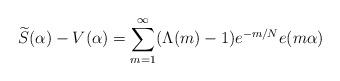
LaTeX: \begin{align*} \widetilde{S}(\alpha) - V(\alpha) = \sum_{m = 1}^{\infty} (\Lambda(m) - 1) e^{-m / N} e(m \alpha)\end{align*}